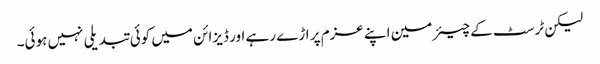
لیکن ٹرسٹ کے چیئرمین اپنے عزم پر اڑے رہے اور ڈیزائن میں کوئی تبدیلی نہیں ہوئی۔